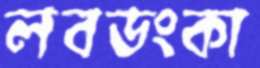
লবডংকা